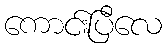
ကောင်းပြီလေ